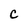
Character: C